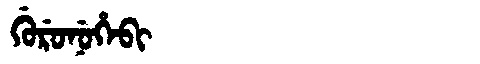
Manchu: ᡤᡠᡵᡠᠨᡠᡥᡝᠪᡳ
Romanization: GURUNUHEBI